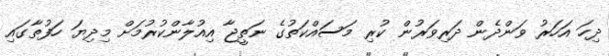
ދިހަ އަހަރު ވަންދެން ދަރިވަރުން ކުރި މަސައްކަތުގެ ނަތީޖާ އިއުލާންކުރުމަށް މިދިޔަ ހަފުތާގައި